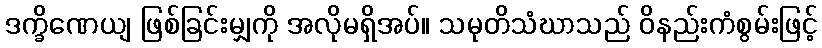
ဒက္ခိဏေယျ ဖြစ်ခြင်းမျှကို အလိုမရှိအပ်။ သမုတိသံဃာသည် ဝိနည်းကံစွမ်းဖြင့်